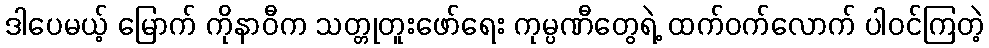
ဒါပေမယ့် မြောက် ကိုနာဝီက သတ္တုတူးဖော်ရေး ကုမ္ပဏီတွေရဲ့ ထက်ဝက်လောက် ပါဝင်ကြတဲ့